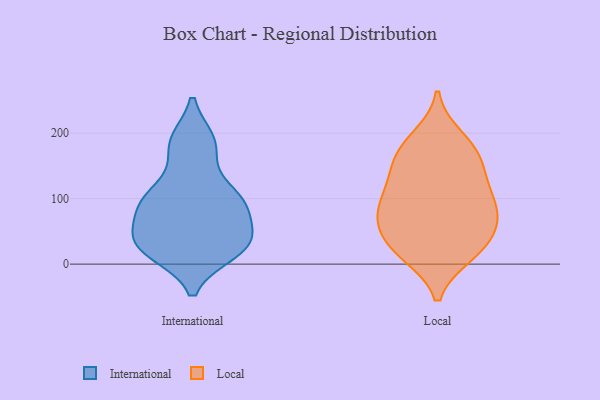
{"axis": {"x": "Bounce Rate (%)", "y": "Value"}, "legend": ["International", "Local"], "data": [{"x": "", "y": 187, "type": "International"}, {"x": "", "y": 175, "type": "International"}, {"x": "", "y": 28, "type": "International"}, {"x": "", "y": 108, "type": "International"}, {"x": "", "y": 19, "type": "International"}, {"x": "", "y": 102, "type": "International"}, {"x": "", "y": 187, "type": "International"}, {"x": "", "y": 96, "type": "International"}, {"x": "", "y": 82, "type": "International"}, {"x": "", "y": 28, "type": "International"}, {"x": "", "y": 43, "type": "International"}, {"x": "", "y": 89, "type": "International"}, {"x": "", "y": 34, "type": "International"}, {"x": "", "y": 97, "type": "International"}, {"x": "", "y": 22, "type": "International"}, {"x": "", "y": 42, "type": "International"}, {"x": "", "y": 122, "type": "Local"}, {"x": "", "y": 35, "type": "Local"}, {"x": "", "y": 91, "type": "Local"}, {"x": "", "y": 141, "type": "Local"}, {"x": "", "y": 15, "type": "Local"}, {"x": "", "y": 177, "type": "Local"}, {"x": "", "y": 173, "type": "Local"}, {"x": "", "y": 83, "type": "Local"}, {"x": "", "y": 21, "type": "Local"}, {"x": "", "y": 120, "type": "Local"}, {"x": "", "y": 83, "type": "Local"}, {"x": "", "y": 193, "type": "Local"}, {"x": "", "y": 158, "type": "Local"}, {"x": "", "y": 75, "type": "Local"}, {"x": "", "y": 66, "type": "Local"}, {"x": "", "y": 18, "type": "Local"}, {"x": "", "y": 50, "type": "Local"}]}